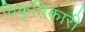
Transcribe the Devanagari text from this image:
विकृतिकारी